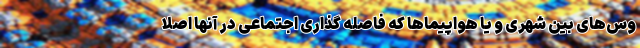
وس‌های بین شهری و یا هواپیماها که فاصله گذاری اجتماعی در آنها اصلاً